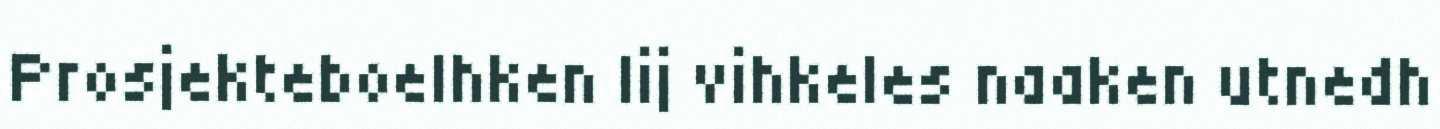
Prosjekteboelhken lij vihkeles naaken utnedh